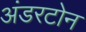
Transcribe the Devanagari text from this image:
अंडरटोन